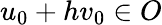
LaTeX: u_{0}+hv_{0}\in O